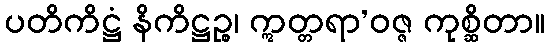
ပတိကိဋ္ဌံ နိကိဋ္ဌဉ္စ၊ ဣတ္တရာ’ဝဇ္ဇ ကုစ္ဆိတာ။